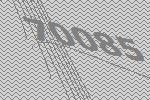
70085